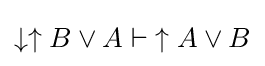
\downarrow \uparrow B\lor A\vdash {\uparrow A\lor B}